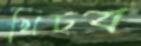
খিচব